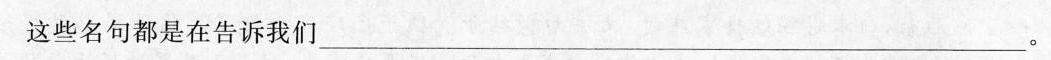
这些名句都是在告诉我们___。